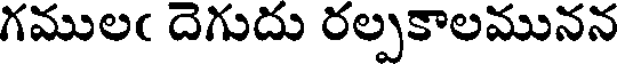
గములఁ దెగుదు రల్పకాలమునన